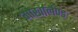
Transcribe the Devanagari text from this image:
गोर्खालैण्ड